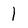
Character: 1